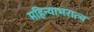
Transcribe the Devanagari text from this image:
महिन्याभरात्च